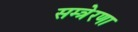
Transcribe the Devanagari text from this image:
सम्त्रेरणा